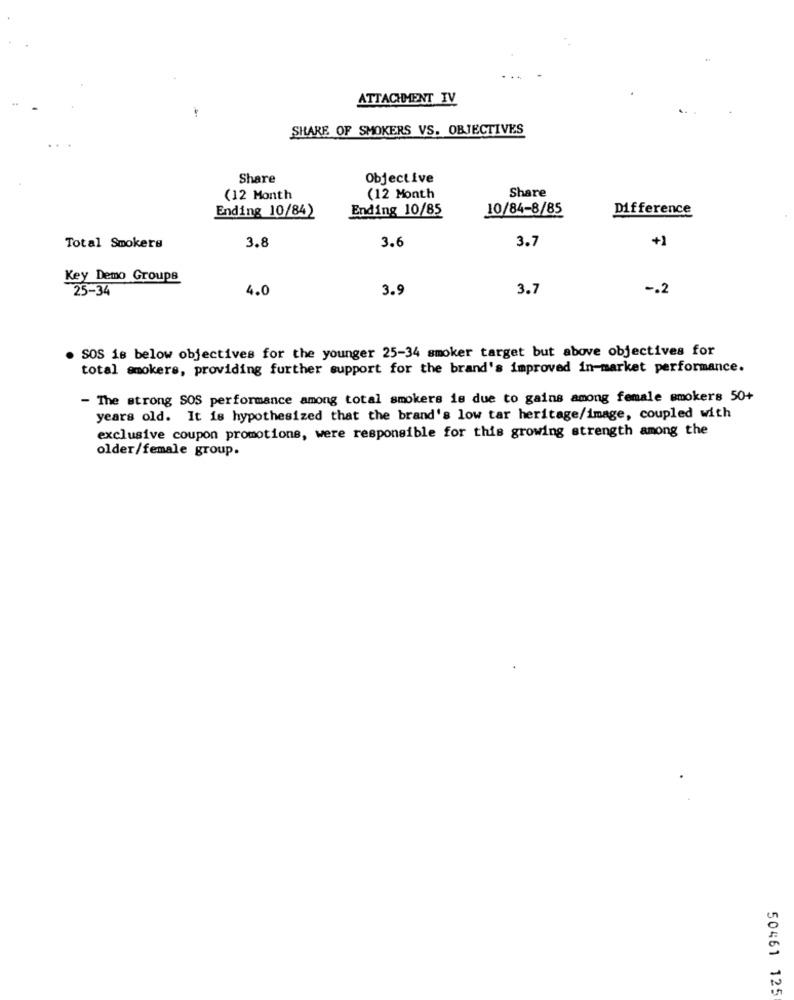
ATTACHMENT IV
SHARE OF SMOKERS VS. OBJECTIVES
Share
Objective
Share
(12 Month
(12 Month
Ending 10/84)
Ending 10/85
10/84-8/85
Difference
3.8
3.6
3.7
+1
Total Smokers
Key Demo Groups
-25-34
4.0
3.9
3.7
-. 2
. SOS is below objectives for the younger 25-34 smoker target but above objectives for
total smokers, providing further support for the brand's improved in-market performance.
- The strong SOS performance among total smokers is due to gains among female smokers 50+
years old. It is hypothesized that the brand's low tar heritage/image, coupled with
exclusive coupon promotions, were responsible for this growing strength among the
older/female group.
50461 125